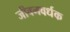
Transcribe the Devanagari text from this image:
जीवनवर्धक